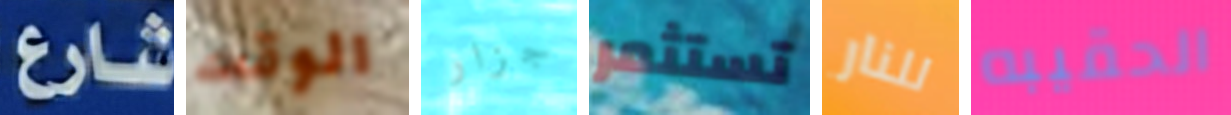
شارع الوقت جزار تستثمر للنار الحقيبه